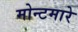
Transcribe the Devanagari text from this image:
मोन्टमारे